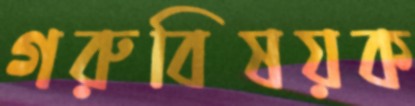
গরুবিষয়ক